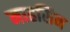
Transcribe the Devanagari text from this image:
माहसिन